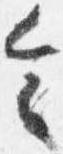
令